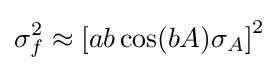
\sigma _{f}^{2}\approx \left[ab\cos(bA)\sigma _{A}\right]^{2}